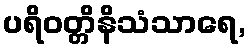
ပရိဝတ္တိနိသံသာရေ,